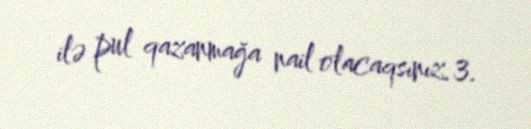
ilə pul qazanmağa nail olacaqsınız.3.